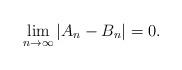
LaTeX: \begin{align*} \lim_{n \rightarrow \infty}| A_n - B_n| =0. \end{align*}